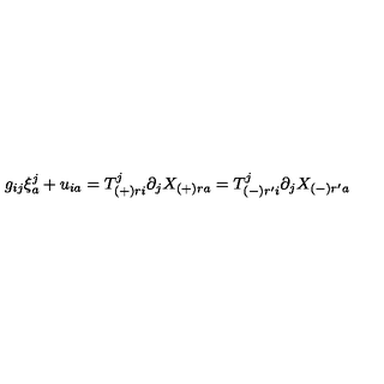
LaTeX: g _ { i j } \xi _ { a } ^ { j } + u _ { i a } = T _ { ( + ) r i } ^ { j } \partial _ { j } X _ { ( + ) r a } = T _ { ( - ) r ^ { \prime } i } ^ { j } \partial _ { j } X _ { ( - ) r ^ { \prime } a }